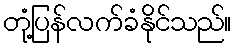
တုံ့ပြန်လက်ခံနိုင်သည်။